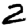
Digit: 2